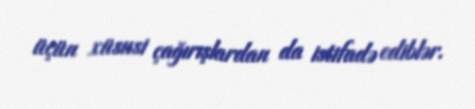
üçün xüsusi çağırışlardan da istifadə ediblər.